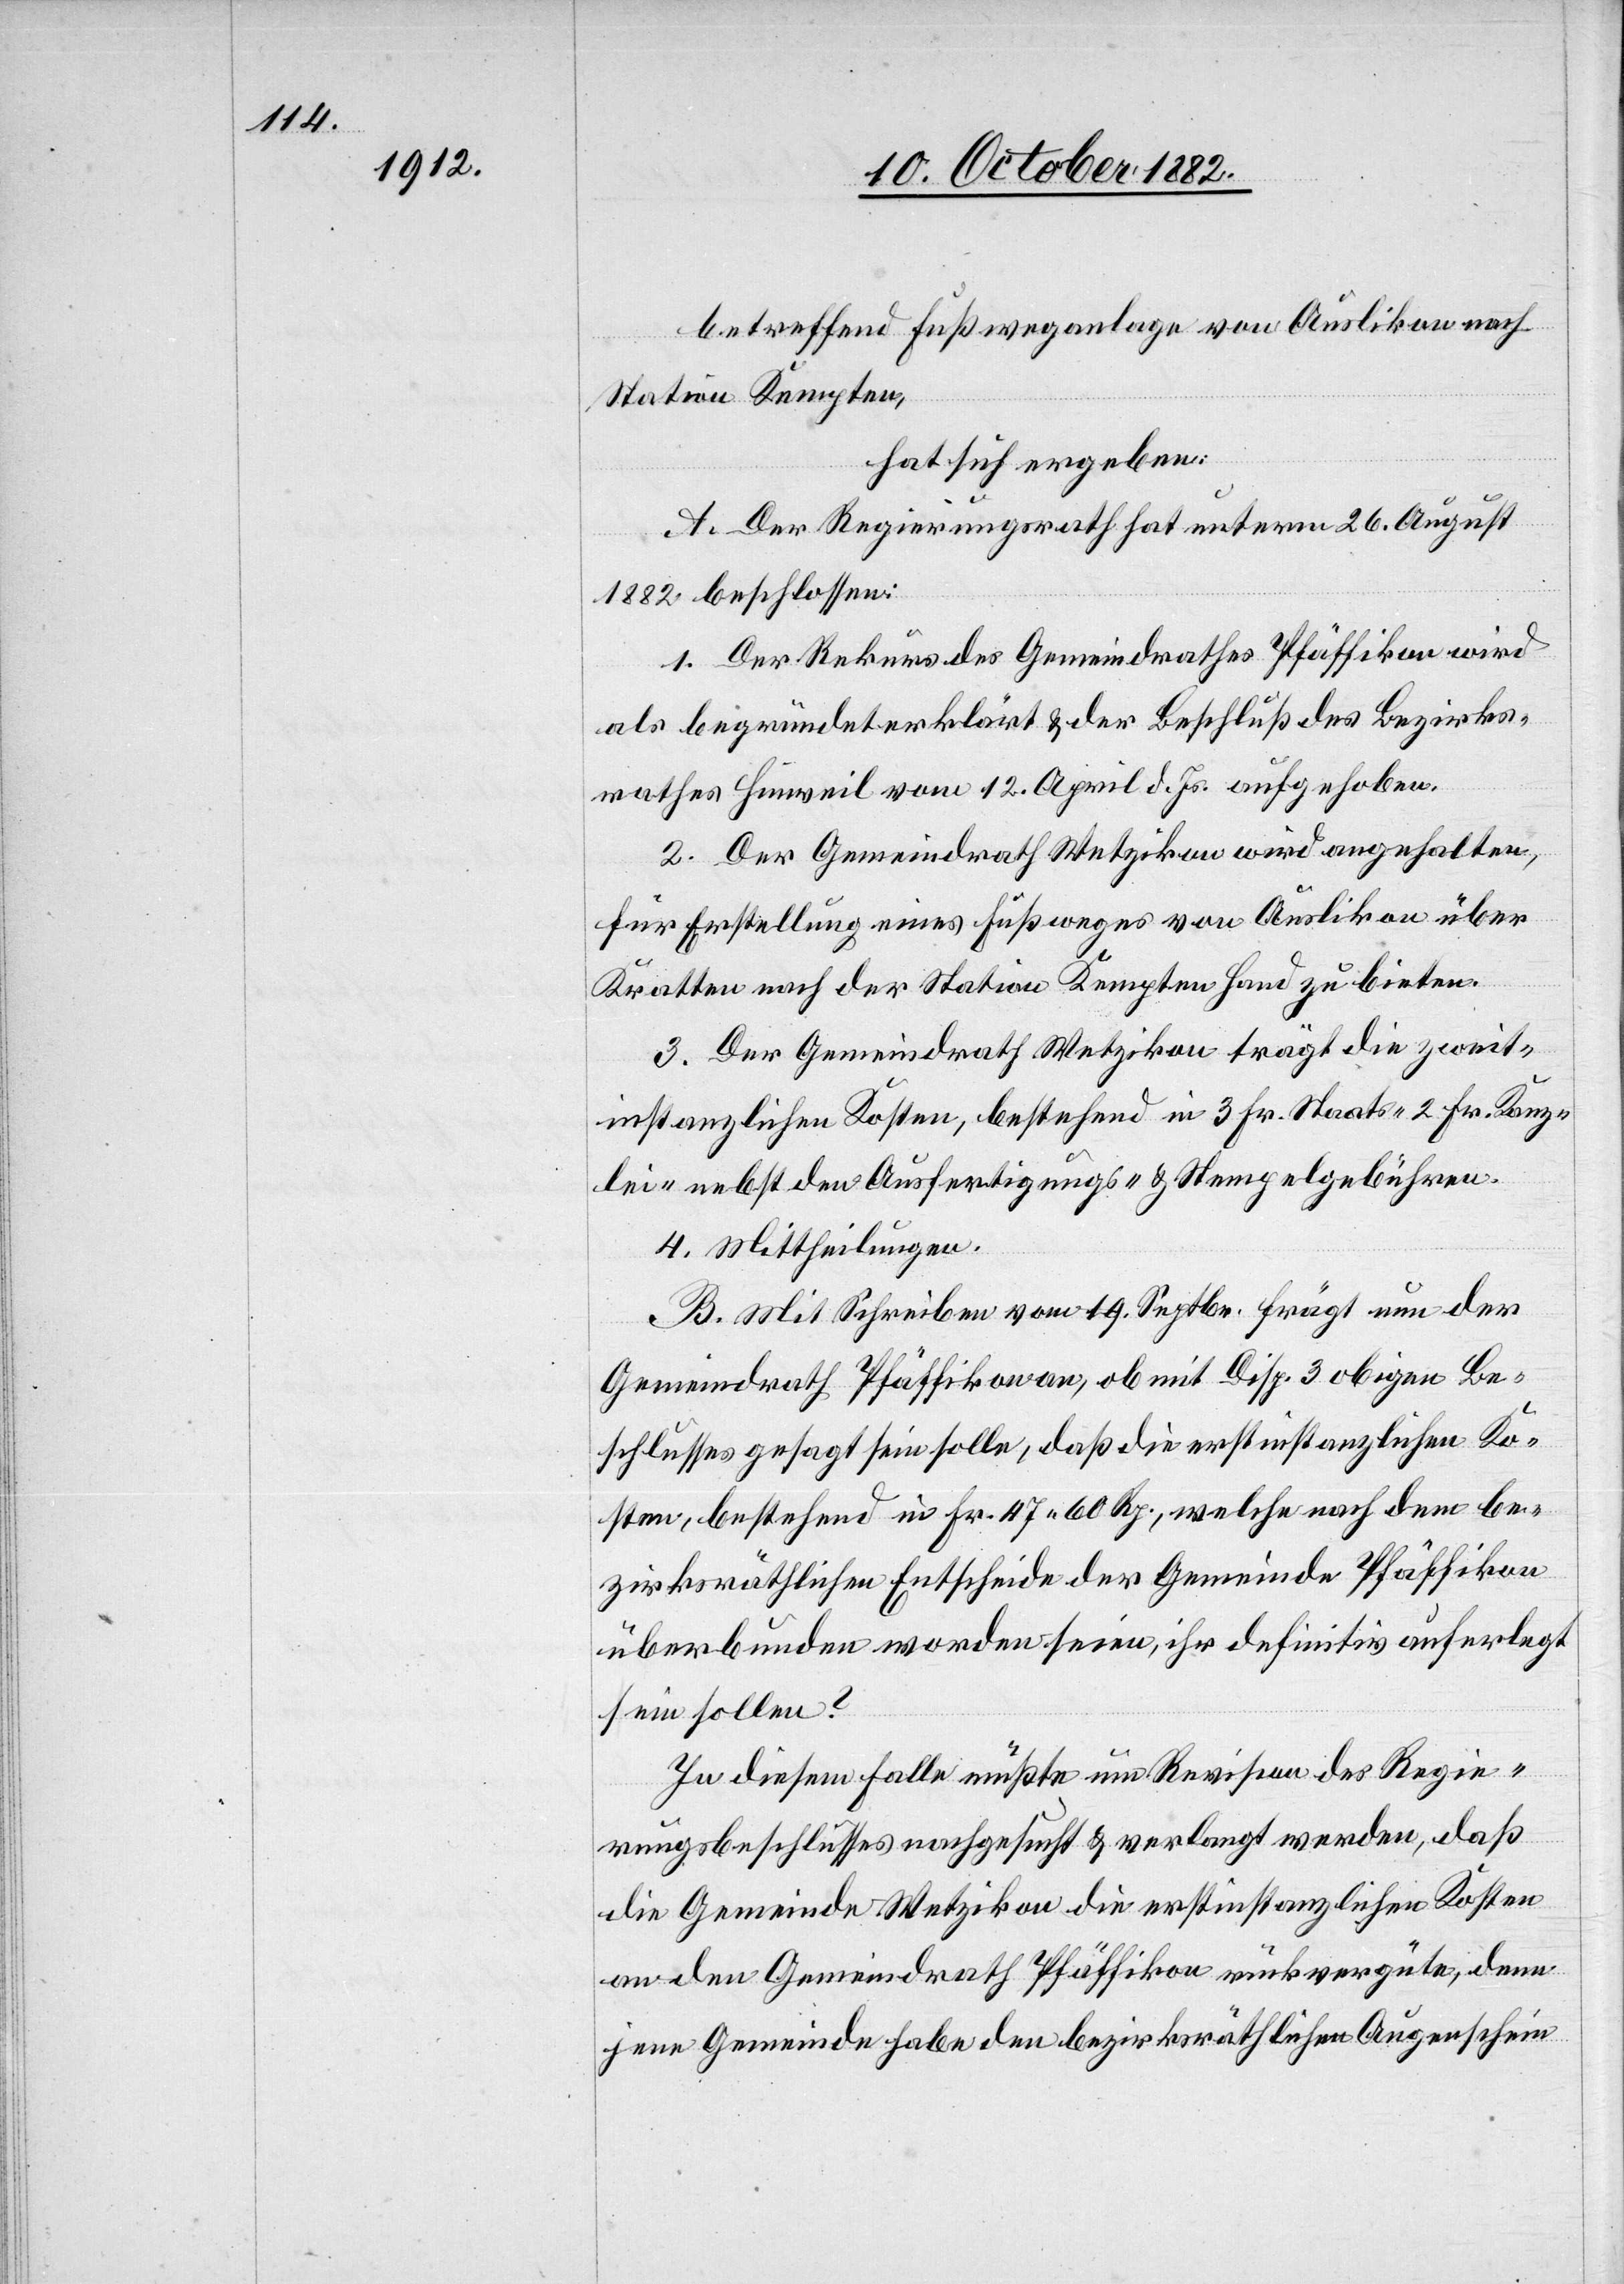
betreffend Fußweganlage von Auslikon nach
Station Kempten,
hat sich ergeben:
A. Der Regierungsrath hat unterm 26. August
1882 beschlossen:
1. Der Rekurs des Gemeindrathes Pfäffikon wird
als begründet erklärt & der Beschluß des Bezirks¬
rathes Hinweil vom 12. April d. Js. aufgehoben.
2. Der Gemeindrath Wetzikon wird angehalten,
für Erstellung eines Fußweges von Auslikon über
Kratten nach der Station Kempten Hand zu bieten.
3. Der Gemeindrath Wetzikon trägt die zweit¬
instanzlichen Kosten, bestehend in 3 Fr. Staats- 2 Fr. Kanz¬
lei- nebst den Ausfertigungs- & Stempelgebühren.
4. Mittheilungen.
B. Mit Schreiben vom 19. Septbr. frägt nun der
Gemeindrath Pfäffikon an, ob mit Disp. 3 obigen Be¬
schlusses gesagt sein solle, daß die erstinstanzlichen Ko¬
sten, bestehend in Fr. 47 60 Rp., welche nach dem be¬
zirksräthlichen Entscheide der Gemeinde Pfäffikon
überbunden worden seien, ihr definitiv auferlegt
sein sollen?
In diesem Falle müßte um Revision des Regie¬
rungsbeschlusses nachgesucht & verlangt werden, daß
die Gemeinde Wetzikon die erstinstanzlichen Kosten
an den Gemeindrath Pfäffikon rückvergüte, denn
jene Gemeinde habe den bezirksräthlichen Augenschein